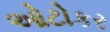
ઓટોકર